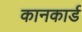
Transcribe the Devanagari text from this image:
कानकार्ड